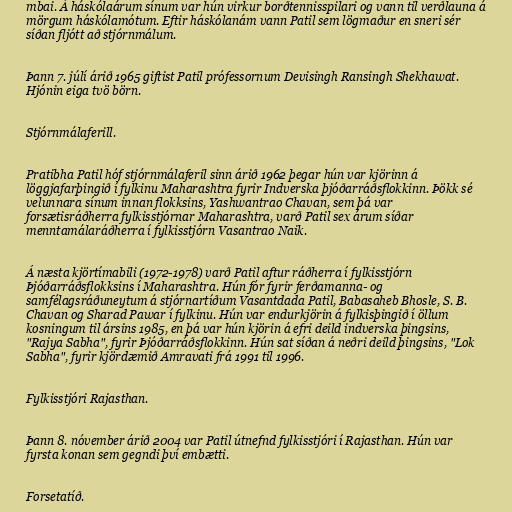
mbai. Á háskólaárum sínum var hún virkur borðtennisspilari og vann til verðlauna á
mörgum háskólamótum. Eftir háskólanám vann Patil sem lögmaður en sneri sér
síðan fljótt að stjórnmálum.

Þann 7. júlí árið 1965 giftist Patil prófessornum Devisingh Ransingh Shekhawat.
Hjónin eiga tvö börn.

Stjórnmálaferill.

Pratibha Patil hóf stjórnmálaferil sinn árið 1962 þegar hún var kjörinn á
löggjafarþingið í fylkinu Maharashtra fyrir Indverska þjóðarráðsflokkinn. Þökk sé
velunnara sínum innan flokksins, Yashwantrao Chavan, sem þá var
forsætisráðherra fylkisstjórnar Maharashtra, varð Patil sex árum síðar
menntamálaráðherra í fylkisstjórn Vasantrao Naik.

Á næsta kjörtímabili (1972-1978) varð Patil aftur ráðherra í fylkisstjórn
Þjóðarráðsflokksins í Maharashtra. Hún fór fyrir ferðamanna- og
samfélagsráðuneytum á stjórnartíðum Vasantdada Patil, Babasaheb Bhosle, S. B.
Chavan og Sharad Pawar í fylkinu. Hún var endurkjörin á fylkisþingið í öllum
kosningum til ársins 1985, en þá var hún kjörin á efri deild indverska þingsins,
"Rajya Sabha", fyrir Þjóðarráðsflokkinn. Hún sat síðan á neðri deild þingsins, "Lok
Sabha", fyrir kjördæmið Amravati frá 1991 til 1996.

Fylkisstjóri Rajasthan.

Þann 8. nóvember árið 2004 var Patil útnefnd fylkisstjóri í Rajasthan. Hún var
fyrsta konan sem gegndi því embætti.

Forsetatíð.